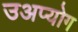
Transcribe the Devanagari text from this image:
उअप्योग